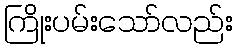
ကြိုးပမ်းသော်လည်း